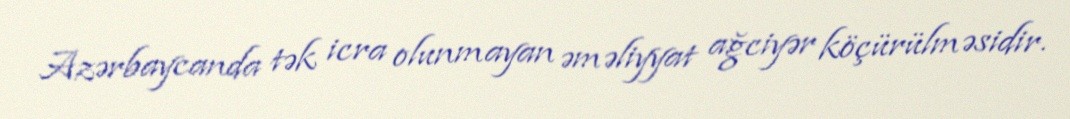
Azərbaycanda tək icra olunmayan əməliyyat ağciyər köçürülməsidir.